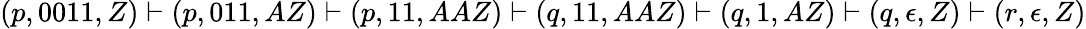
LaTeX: (p,0011,Z)\vdash(p,011,AZ)\vdash(p,11,AAZ)\vdash(q,11,AAZ)\vdash(q,1,AZ)\vdash(q,\epsilon,Z)\vdash(r,\epsilon,Z)